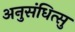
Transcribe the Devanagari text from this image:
अनुसंधित्सु